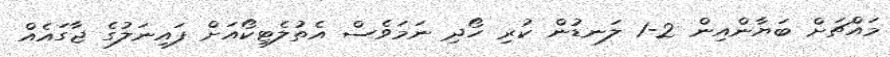
މައްޗަށް ބަޔާންއިން 2-1 ލަނޑުން ކުރި ހޯދި ނަމަވެސް އެތުލެޓިކޯއަށް ފައިނަލުގެ ޖާގައެއް